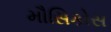
મૌસિકોસ